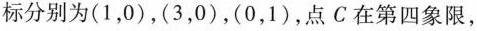
标分别为(1，0)，(3，0)，(0，1)，点C在第四象限，